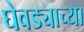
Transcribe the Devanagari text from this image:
घेवड्याच्या